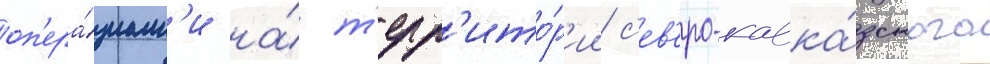
оп'ера́циам'и на́ т'ерр'ито́р'ии с'ев'еро-кавка́зского